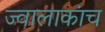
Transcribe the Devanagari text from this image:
ज्वालाकांच